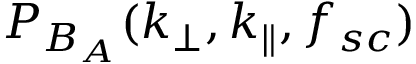
P _ { B _ { A } } ( k _ { \perp } , k _ { \parallel } , f _ { s c } )